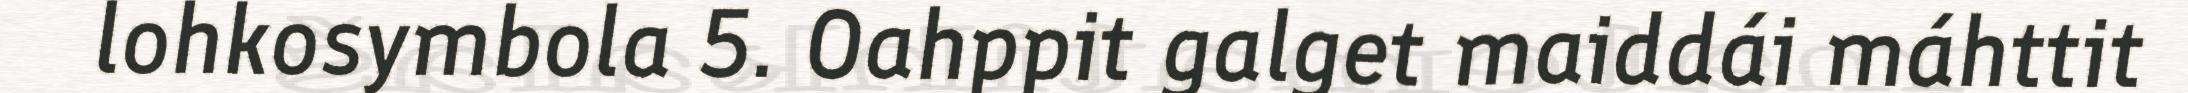
lohkosymbola 5. Oahppit galget maiddái máhttit